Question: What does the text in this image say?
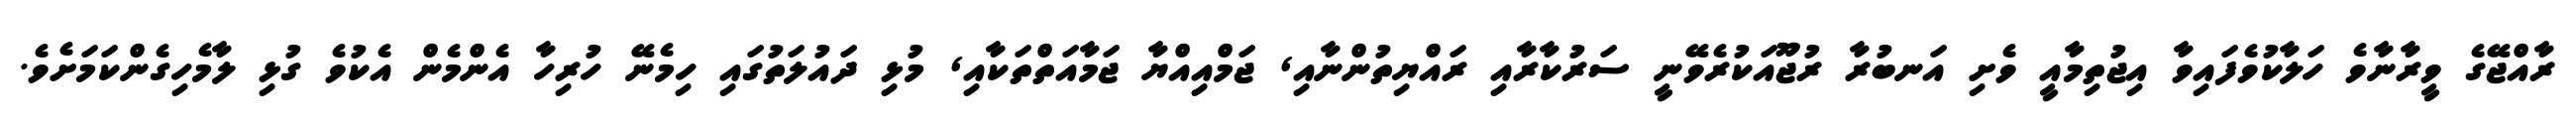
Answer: ރާއްޖޭގެ ވީރާނާވެ ހަލާކުވެފައިވާ އިޖުތިމާއީ ވެށި އަނބުރާ ރުޖޫއަކުރެވޭނީ ސަރުކާރާއި ރައްޔިތުންނާއި, ޖަމްއިއްޔާ ޖަމާއަތްތަކާއި, މުޅި ދައުލަތުގައި ހިމެނޭ ހުރިހާ އެންމެން އެކުވެ ގުޅި ލާމެހިގެންކަމަށެވެ.